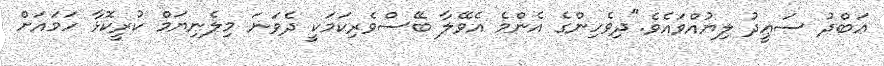
ޢަބްދު ސަޢީދު ލިޔުއްވައެވެ."ދިވެހިންގެ އެންމެ އެވޭލާ ބޭސްވެރިކަމަކީ ދެވަނަ މިލެނިޔަމް ކުރީކޮޅާ ހަމައަށް